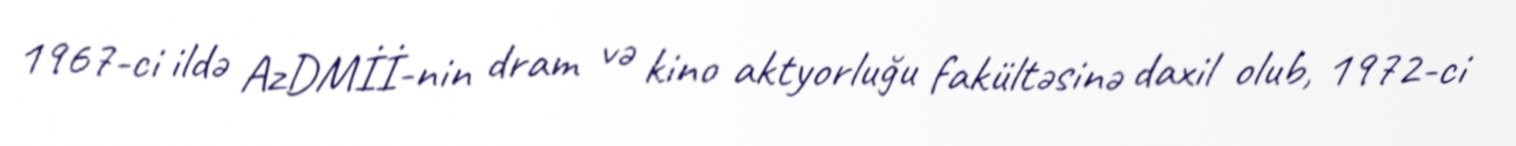
1967-ci ildə AzDMİİ-nin dram və kino aktyorluğu fakültəsinə daxil olub, 1972-ci